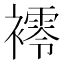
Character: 䙥